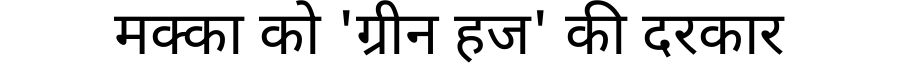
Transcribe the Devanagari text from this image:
मक्का को 'ग्रीन हज' की दरकार